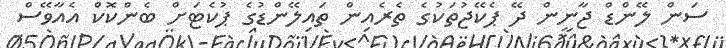
ސަން ލޭންޑް ޖާނީން ދޭ ޕެކޭޖުތަކުގެ ތެރެއިން ތައިލޭންޑުގެ ޕުކެޓަށް ބެންކޮކް އެއާވޭސް